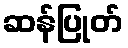
ဆန်ပြုတ်